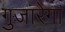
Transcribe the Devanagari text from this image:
गुजारेगा